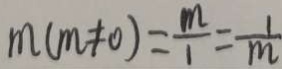
m ( m \neq 0 ) = \frac { m } { 1 } = \frac { 1 } { m }